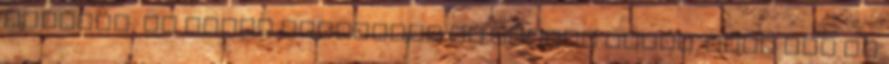
waldorf, az orosz reteksali és.szóval kevés. Mert ami ad